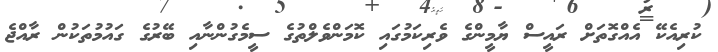
ކުރިއެކޭ އެއްގޮތަށް ރައީސް ޔާމީންގެ ވެރިކަމުގައި ކޮމަންވެލްތުގެ ސީމެގުންނާއި ބޭރުގެ ގައުމުތަކުން ރާއްޖެ